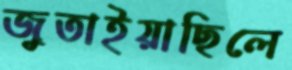
জুতাইয়াছিলে